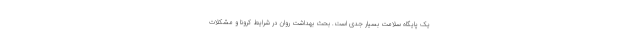
یک پایگاه سلامت بسیار جدی است. بحث بهداشت روان در شرایط کرونا و مشکلات